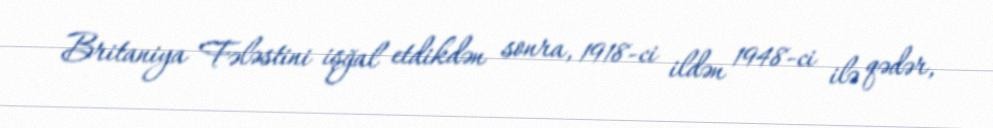
Britaniya Fələstini işğal etdikdən sonra, 1918-ci ildən 1948-ci ilə qədər,